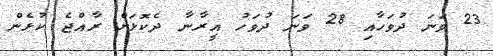
23 ވަނަ ދުވަހާއި 28 ވަނަ ދުވަހު އީރާނާ ދެކޮޅަށް ރާއްޖެ ކުޅެން